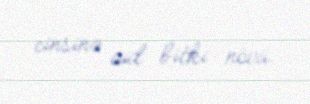
cinsinə aid bitki növü.